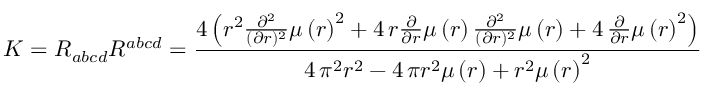
K = R _ { a b c d } R ^ { a b c d } = \frac { 4 \, { \left( r ^ { 2 } \frac { \partial ^ { 2 } } { ( \partial r ) ^ { 2 } } \mu \left( r \right) ^ { 2 } + 4 \, r \frac { \partial } { \partial r } \mu \left( r \right) \frac { \partial ^ { 2 } } { ( \partial r ) ^ { 2 } } \mu \left( r \right) + 4 \, \frac { \partial } { \partial r } \mu \left( r \right) ^ { 2 } \right) } } { 4 \, \pi ^ { 2 } r ^ { 2 } - 4 \, \pi r ^ { 2 } \mu \left( r \right) + r ^ { 2 } \mu \left( r \right) ^ { 2 } }